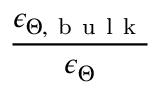
\frac { \epsilon _ { \Theta , \mathrm { ~ b ~ u ~ l ~ k ~ } } } { \epsilon _ { \Theta } }